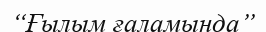
“Ғылым ғаламында”